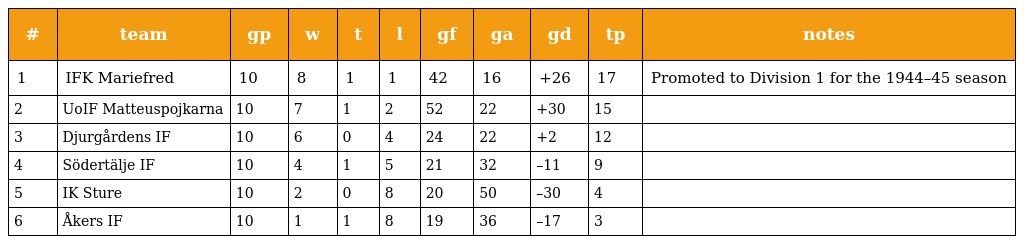
| # | team | gp | w | t | l | gf | ga | gd | tp | notes |
 | --- | --- | --- | --- | --- | --- | --- | --- | --- | --- | --- |
 | 1 | IFK Mariefred | 10 | 8 | 1 | 1 | 42 | 16 | +26 | 17 | Promoted to Division 1 for the 1944–45 season |
 | 2 | UoIF Matteuspojkarna | 10 | 7 | 1 | 2 | 52 | 22 | +30 | 15 |  |
 | 3 | Djurgårdens IF | 10 | 6 | 0 | 4 | 24 | 22 | +2 | 12 |  |
 | 4 | Södertälje IF | 10 | 4 | 1 | 5 | 21 | 32 | –11 | 9 |  |
 | 5 | IK Sture | 10 | 2 | 0 | 8 | 20 | 50 | –30 | 4 |  |
 | 6 | Åkers IF | 10 | 1 | 1 | 8 | 19 | 36 | –17 | 3 |  |